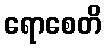
ရောစေတိ